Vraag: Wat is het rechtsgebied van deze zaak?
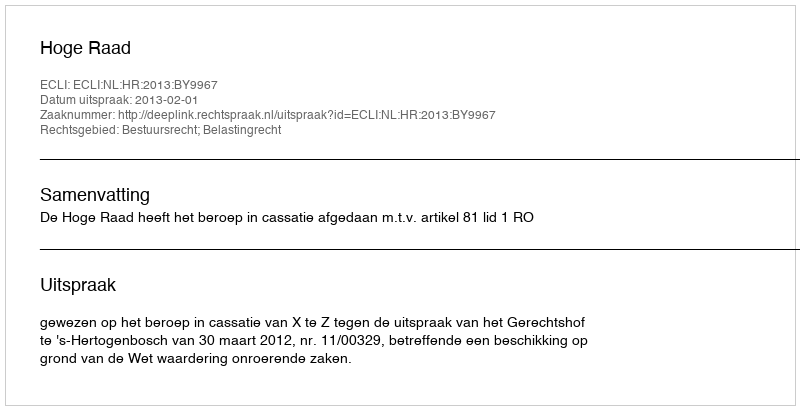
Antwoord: Bestuursrecht; Belastingrecht